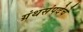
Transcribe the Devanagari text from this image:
ग्रंथसंपदेचे